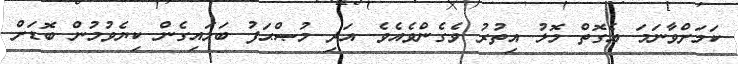
ކަމަށްވާނަމަ އެގޮތް މޮޅު އިތުރު ވެގެންވެއެވެ. އަދި މުޞްޙަފު ބަލައިގެން ކިޔެވުމުން ބޮޑަށް